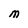
Character: M